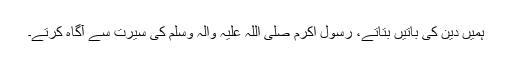
ہمیں دین کی باتیں بتاتے، رسول اکرم صلی اللہ علیہ والہ وسلم کی سیرت سے آگاہ کرتے۔